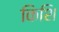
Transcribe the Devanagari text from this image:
किशि